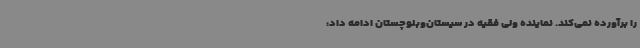
را برآورده نمی‌کند. نماینده ولی فقیه در سیستان‌وبلوچستان ادامه داد: